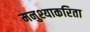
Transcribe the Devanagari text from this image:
मनुश्याकरिता